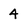
Character: 4